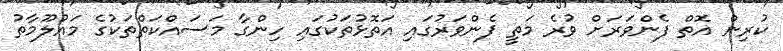
ކުރިން އޮތް ފެންވަރަށް ވުރެ މަތީ ފެންވަރުގައި އަތޮޅުތަކުގައި ހިންގާ މަސައްކަތްތަކުގެ މައުލޫމާތު